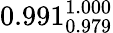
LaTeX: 0.991_{0.979}^{1.000}